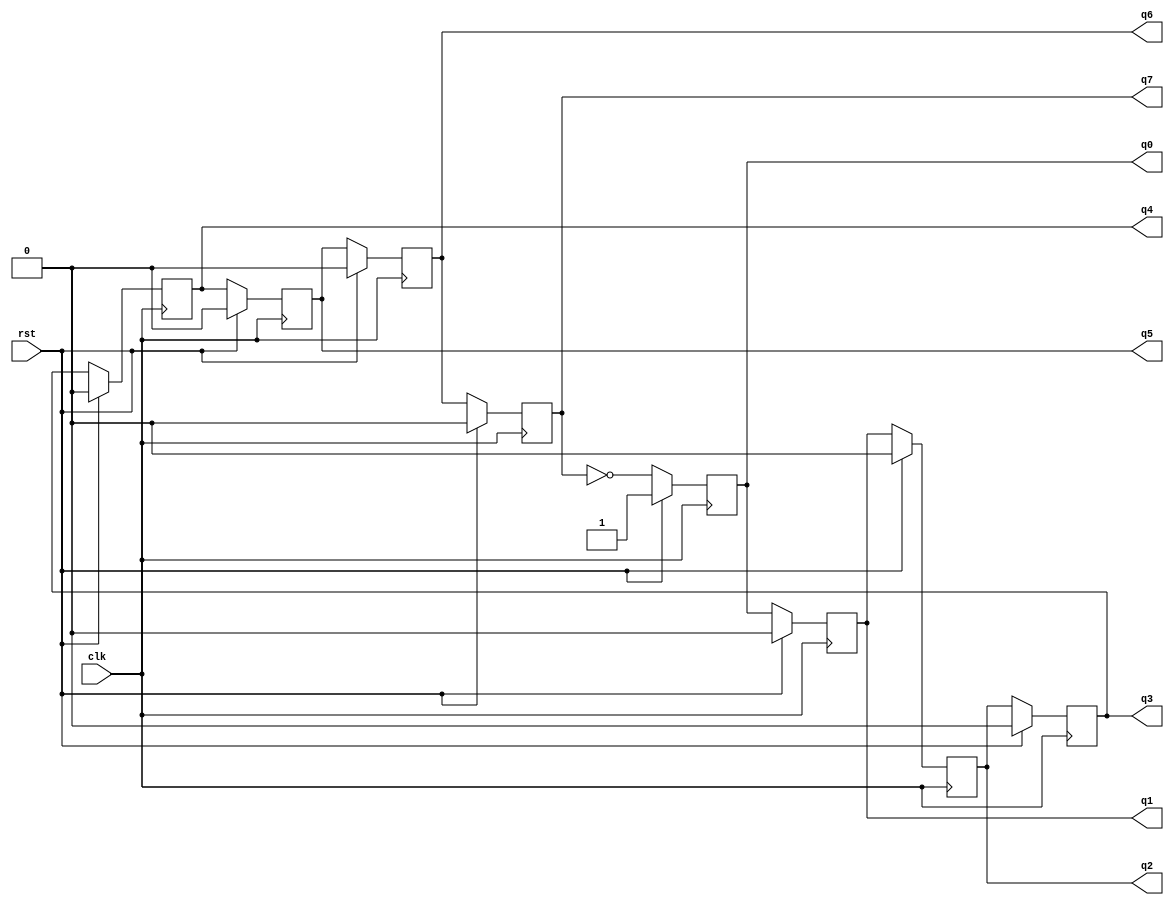
module johnsonCntr(clk,rst,q7,q6,q5,q4,q3,q2,q1,q0);
input clk, rst;
output reg q7,q6,q5,q4,q3,q2,q1,q0;
always @ (negedge clk) begin
if(rst) begin
q7 <= 1'b0;
q6 <= 1'b0;
q5 <= 1'b0;
q4 <= 1'b0;
q3 <= 1'b0;
q2 <= 1'b0;
q1 <= 1'b0;
q0 <= 1'b1;
end
else begin
q7 <= q6;
q6 <= q5;
q5 <= q4;
q4 <= q3;
q3 <= q2;
q2 <= q1;
q1 <= q0;
q0 <= ~q7;
end
end
endmodule